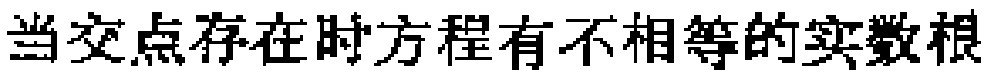
当交点存在时方程有不相等的实数根